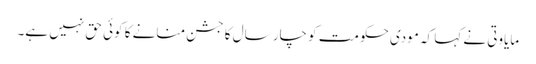
مایاوتی نے کہا کہ مودی حکومت کو چار سال کا جشن منانے کا کوئی حق نہیں ہے۔